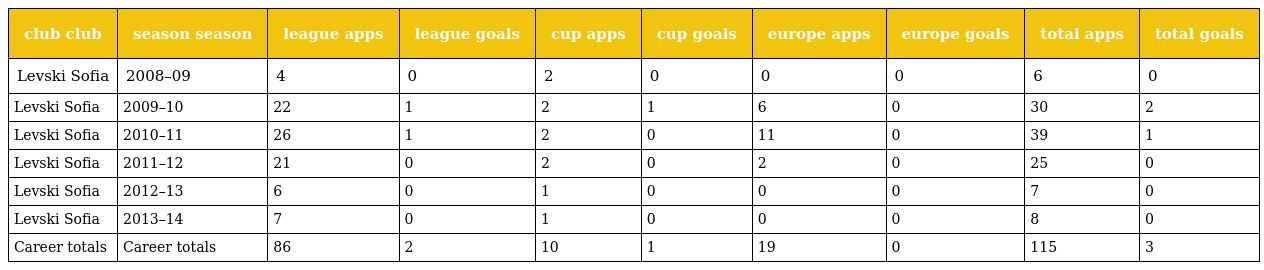
| club club | season season | league apps | league goals | cup apps | cup goals | europe apps | europe goals | total apps | total goals |
 | --- | --- | --- | --- | --- | --- | --- | --- | --- | --- |
 | Levski Sofia | 2008–09 | 4 | 0 | 2 | 0 | 0 | 0 | 6 | 0 |
 | Levski Sofia | 2009–10 | 22 | 1 | 2 | 1 | 6 | 0 | 30 | 2 |
 | Levski Sofia | 2010–11 | 26 | 1 | 2 | 0 | 11 | 0 | 39 | 1 |
 | Levski Sofia | 2011–12 | 21 | 0 | 2 | 0 | 2 | 0 | 25 | 0 |
 | Levski Sofia | 2012–13 | 6 | 0 | 1 | 0 | 0 | 0 | 7 | 0 |
 | Levski Sofia | 2013–14 | 7 | 0 | 1 | 0 | 0 | 0 | 8 | 0 |
 | Career totals | Career totals | 86 | 2 | 10 | 1 | 19 | 0 | 115 | 3 |